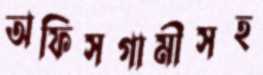
অফিসগামীসহ